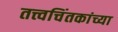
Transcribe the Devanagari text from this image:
तत्त्वचिंतकांच्या